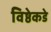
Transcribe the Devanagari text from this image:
विष्ठेकडे